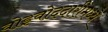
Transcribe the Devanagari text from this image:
वोइवोददारीमध्ये